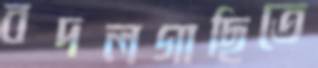
বদলগাছিতে